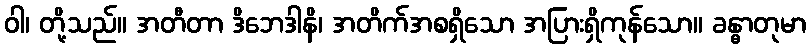
ဝါ၊ တို့သည်။ အတီတာ ဒိဘေဒါနိ၊ အတိက်အစရှိသော အပြားရှိကုန်သော။ ခန္ဓာတုမာ